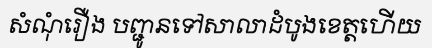
សំណុំរឿង បញ្ជូនទៅសាលាដំបូងខេត្តហើយ